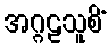
အဂ္ဂဠသူစိံ